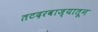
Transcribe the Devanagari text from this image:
तटदरवाज्यातून